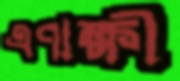
এণাক্ষী